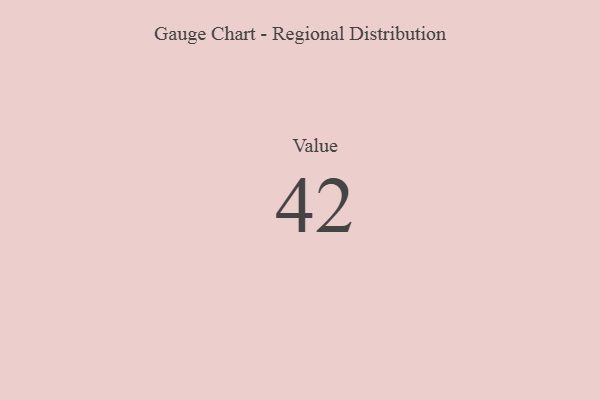
{"axis": {"x": "Metric", "y": "Value"}, "legend": [""], "data": [{"x": "Value", "y": 42, "type": ""}]}